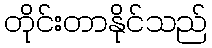
တိုင်းတာနိုင်သည်